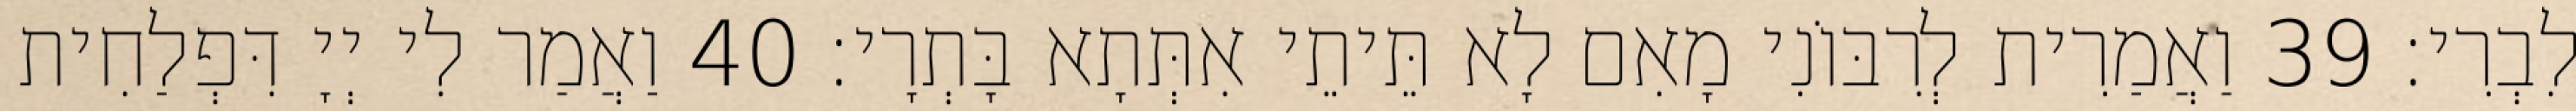
לִבְרִי׃ 39 וַאֲמַרִית לְרִבּוֹנִי מָאִם לָא תֵּיתֵי אִתְּתָא בָּתְרָי׃ 40 וַאֲמַר לִי יְיָ דִּפְלַחִית